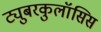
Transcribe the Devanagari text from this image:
ट्युबरकुलॉसिस